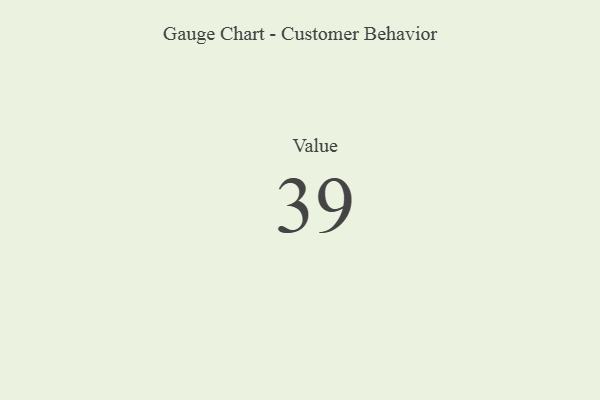
{"axis": {"x": "Metric", "y": "Value"}, "legend": [""], "data": [{"x": "Value", "y": 39, "type": ""}]}